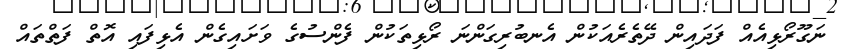
ނަގޫރޯޅިއެއް ފަދައިން ދޭތެރެއަކުން އެނބުރިގަންނަ ރޯޅިތަކުން ފެންސުގެ ވަށައިގެން އެޅިފައި އޮތް ފަތްތައް